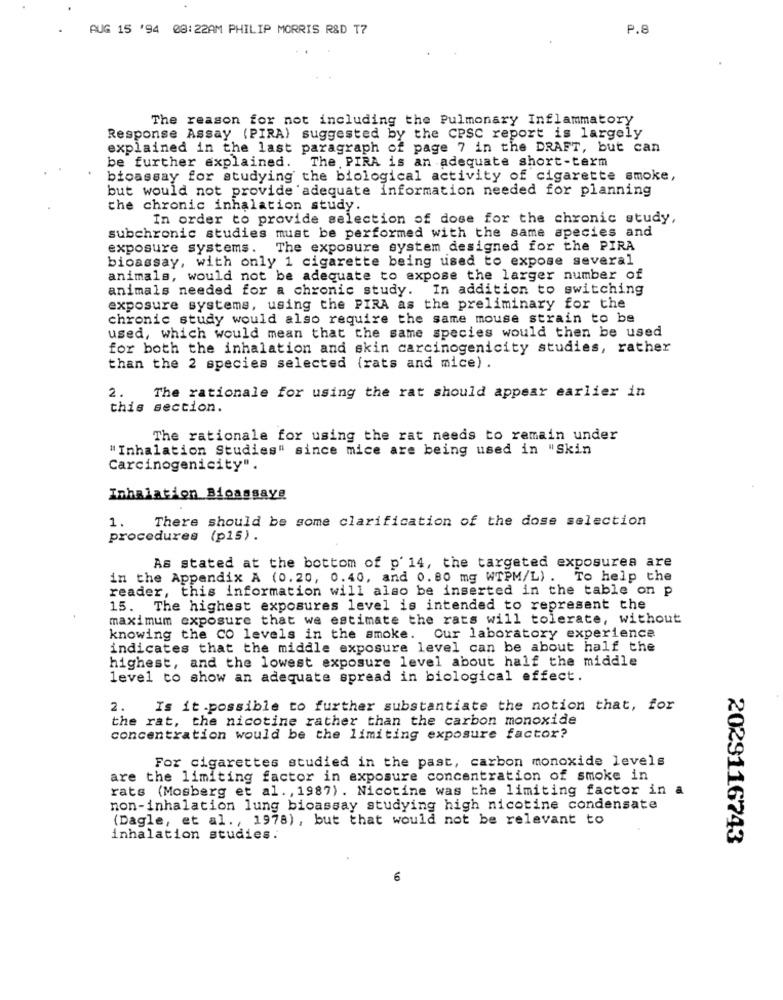
AUG 15 '94 08:22AM PHILIP MORRIS R&D T7
P.8
The reason for not including the Pulmonary Inflammatory
Response Assay (PIRA) suggested by the CPSC report is largely
explained in the last paragraph of page 7 in the DRAFT, but can
be further explained. The. PIRA is an adequate short-term
bioassay for studying the biological activity of cigarette smoke,
but would not provide adequate information needed for planning
the chronic inhalation study.
In order to provide selection of dose for the chronic study,
subchronic studies must be performed with the same apecies and
exposure systems. The exposure system designed for the PIRA
bioassay, with only 1 cigarette being used to expose several
animals, would not be adequate to expose the larger number of
animals needed for a chronic study. In addition to switching
exposure systems, using the PIRA as the preliminary for the
chronic study would also require the same mouse strain to be
used, which would mean that the same species would then be used
for both the inhalation and skin carcinogenicity studies, rather
than the 2 species selected (rats and mice) .
2.
The rationale for using the rat should appear earlier in
this section.
The rationale for using the rat needs to remain under
"Inhalation Studies" since mice are being used in "Skin
Carcinogenicity".
Inhalation Bioassayg
1.
There should be some clarification of the dose selection
procedures (p15).
As stated at the bottom of p' 14, the targeted exposurea are
in the Appendix A (0.20, 0.40, and 0.80 mg WTPM/L) .
To help the
reader, this information will also be inserted in the table on p
15. The highest exposures level is intended to represent the
maximum exposure that we estimate the rats will tolerate, without
knowing the CO levels in the smoke. Our laboratory experience
indicates that the middle exposure level can be about half the
highest, and the lowest exposure level about half the middle
level to show an adequate spread in biological effect.
2.
Is it.possible to further substantiate the notion that, for
the rat, the nicotine rather than the carbon monoxide
concentration would be the limiting exposure factor?
For cigarettes studied in the past, carbon monoxide levels
are the limiting factor in exposure concentration of smoke in
rats (Mosberg et al. , 1987) . Nicotine was the limiting factor in a
non-inhalation lung bioassay studying high nicotine condensate
(Dagle, et al ., 1978) , but that would not be relevant to
inhalation studies.
2029116743
6